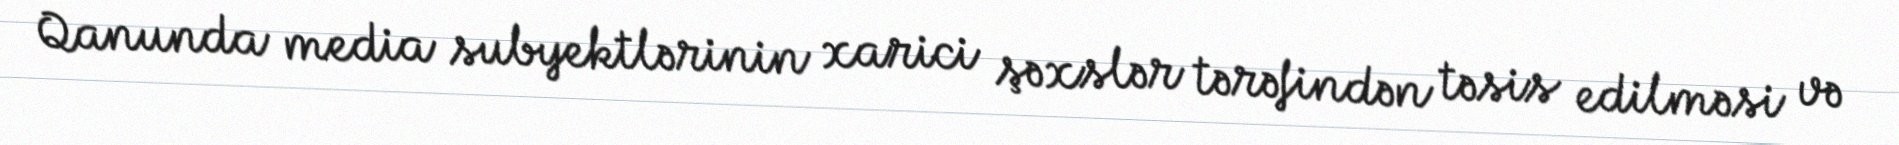
Qanunda media subyektlərinin xarici şəxslər tərəfindən təsis edilməsi və